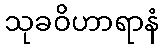
သုခဝိဟာရာနံ